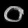
Digit: ၀